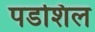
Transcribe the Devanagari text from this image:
पडशिल